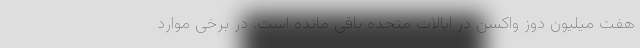
هفت میلیون دوز واکسن در ایالات متحده باقی مانده است. در برخی موارد